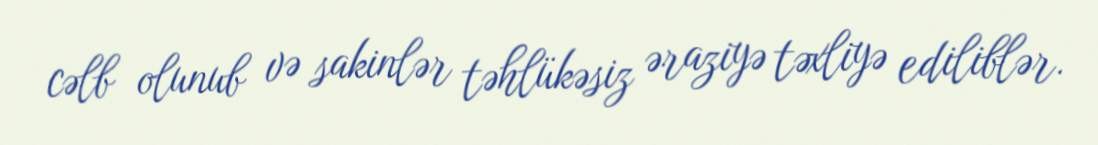
cəlb olunub və sakinlər təhlükəsiz əraziyə təxliyə ediliblər.